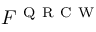
F ^ { \mathrm { ~ Q ~ R ~ C ~ W ~ } }